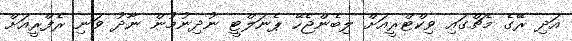
އަދި ރޭގެ މެޗްގައި ވިކްޓްރީއަށް ލިބެންޖެހޭ ޕެނަލްޓީ ނުދިނުމުން ނާދު ވަނި ރެފްރީއަށް